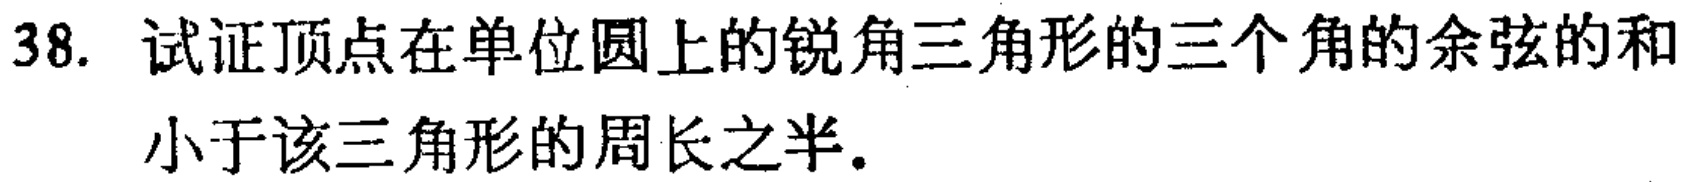
38. 试证顶点在单位圆上的锐角三角形的三个角的余弦的和小于该三角形的周长之半.